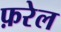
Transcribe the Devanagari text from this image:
फ़रेल